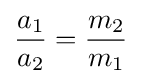
{\frac {a_{1}}{a_{2}}}={\frac {m_{2}}{m_{1}}}